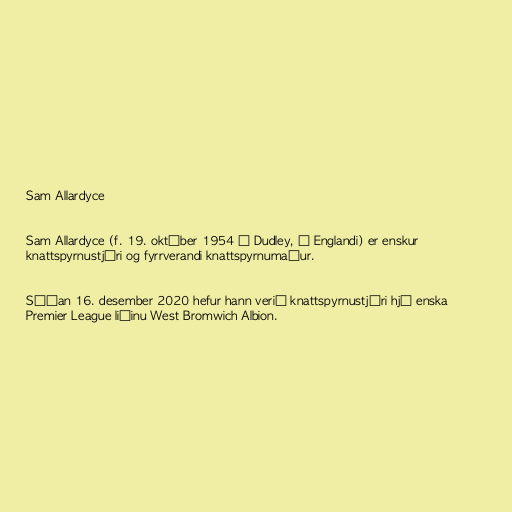
Sam Allardyce

Sam Allardyce (f. 19. október 1954 í Dudley, í Englandi) er enskur
knattspyrnustjóri og fyrrverandi knattspyrnumaður.

Síðan 16. desember 2020 hefur hann verið knattspyrnustjóri hjá enska
Premier League liðinu West Bromwich Albion.